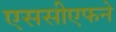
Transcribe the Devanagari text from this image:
एससीएफने